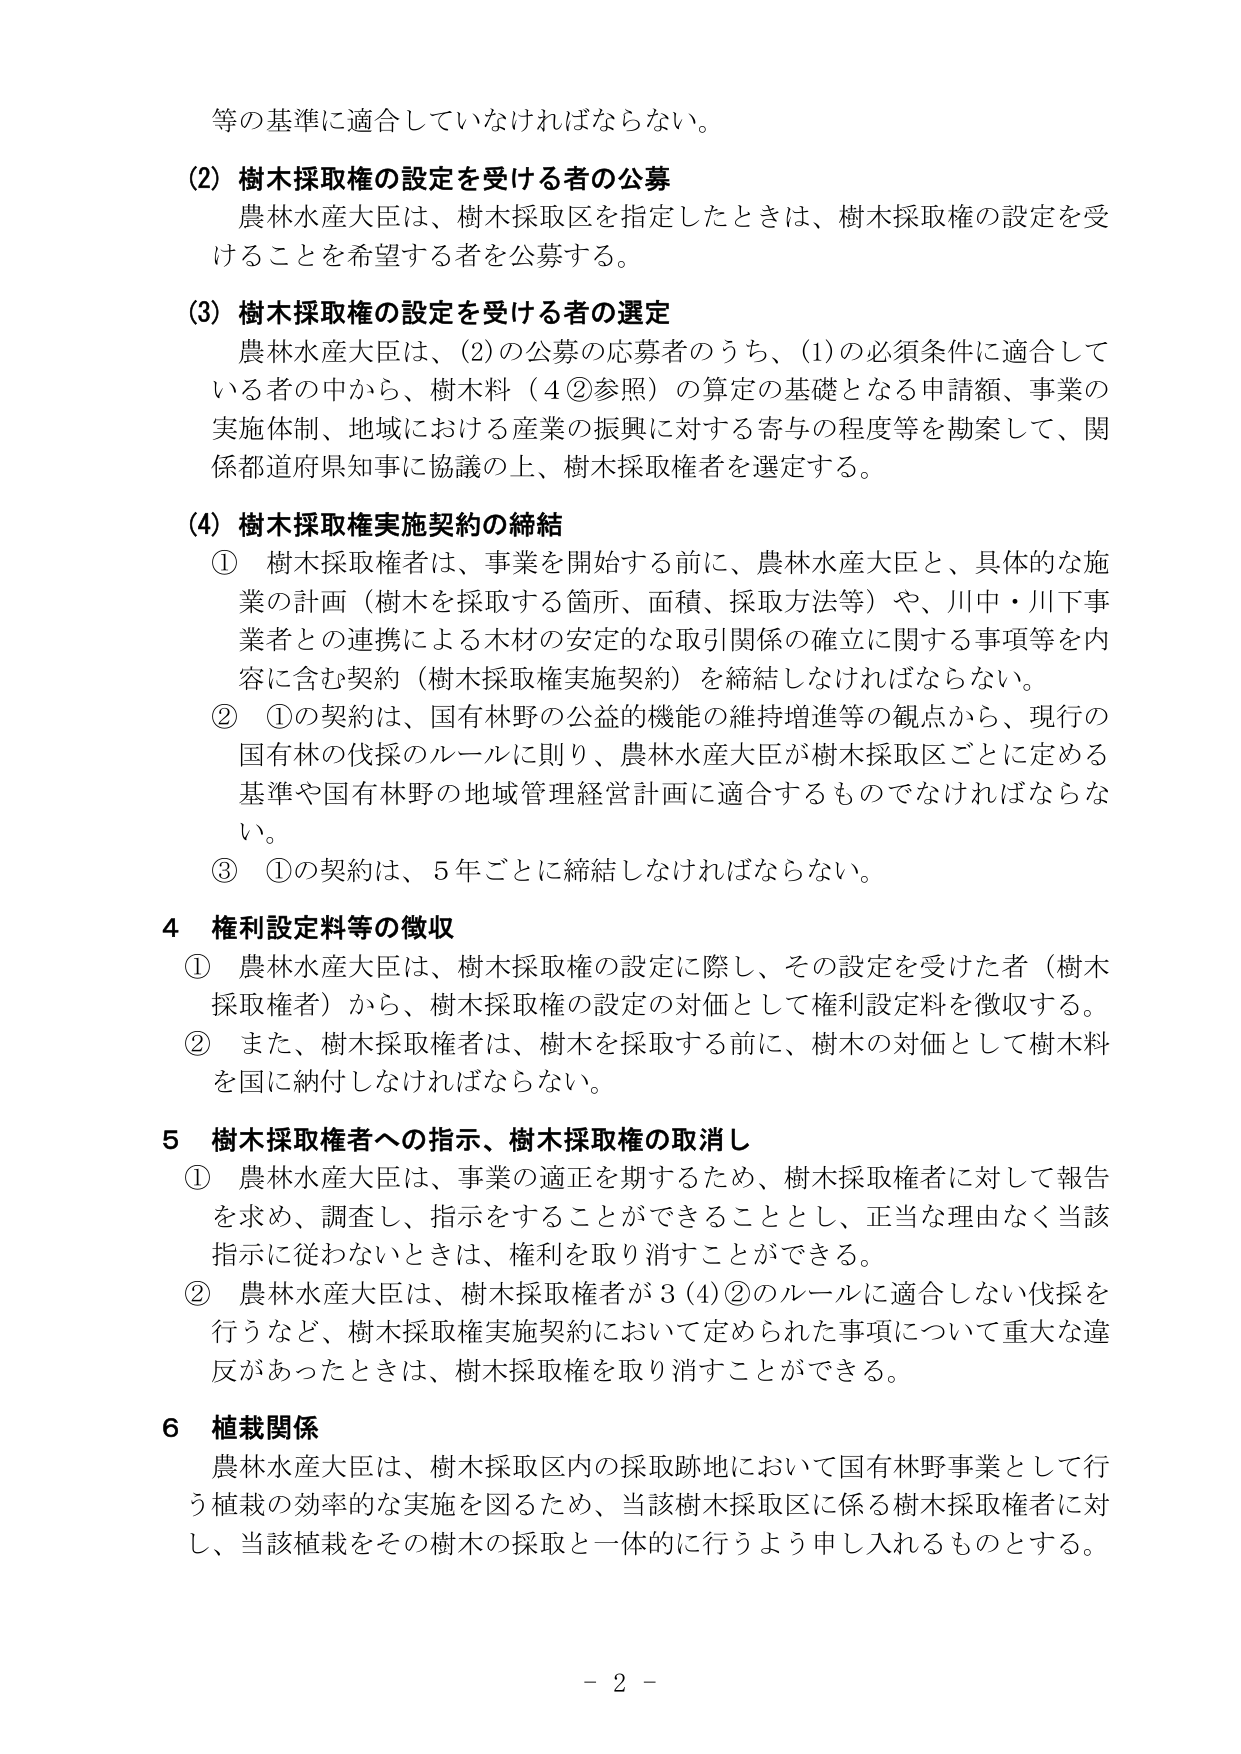
等の基準に適合していなければならない。

(2) 樹木採取権の設定を受ける者の公募
農林水産大臣は、樹木採取区を指定したときは、樹木採取権の設定を受けることを希望する者を公募する。

(3) 樹木採取権の設定を受ける者の選定
農林水産大臣は、(2)の公募の応募者のうち、(1)の必須条件に適合している者の中から、樹木料（4②参照）の算定の基礎となる申請額、事業の実施体制、地域における産業の振興に対する寄与の程度等を勘案して、関係都道府県知事に協議の上、樹木採取権者を選定する。

(4) 樹木採取権実施契約の締結
① 樹木採取権者は、事業を開始する前に、農林水産大臣と、具体的な事業の計画（樹木を採取する箇所、面積、採取方法等）や、川中・川下事業者との連携による木材の安定的な取引関係の確立に関する事項等を内容に含む契約（樹木採取権実施契約）を締結しなければならない。
② ①の契約は、国有林野の公益的機能の維持増進等の観点から、現行の国有林の伐採のルールに則り、農林水産大臣が樹木採取区ごとに定める基準や国有林野の地域管理経営計画に適合するものでなければならない。
③ ①の契約は、5年ごとに締結しなければならない。

4 権利設定料等の徴収
① 農林水産大臣は、樹木採取権の設定に際し、その設定を受けた者（樹木採取権者）から、樹木採取権の設定の対価として権利設定料を徴収する。
② また、樹木採取権者は、樹木を採取する前に、樹木の対価として樹木料を国に納付しなければならない。

5 樹木採取権者への指示、樹木採取権の取消し
① 農林水産大臣は、事業の適正を期するため、樹木採取権者に対して報告を求め、調査し、指示をすることができることとし、正当な理由なく当該指示に従わないときは、権利を取り消すことができる。
② 農林水産大臣は、樹木採取権者が3(4)②のルールに適合しない伐採を行うなど、樹木採取権実施契約において定められた事項について重大な違反があったときは、樹木採取権を取り消すことができる。

6 植栽関係
農林水産大臣は、樹木採取区内の採取跡地において国有林野事業として行う植栽の効率的な実施を図るため、当該樹木採取区に係る樹木採取権者に対し、当該植栽をその樹木の採取と一体的に行うよう申し入れるものとする。

- 2 -